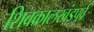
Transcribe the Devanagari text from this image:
शिवकालखंडपूर्व